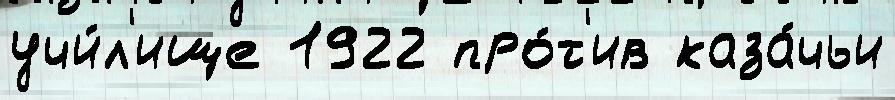
учи́л'ище 1922 про́т'ив каза́чьи